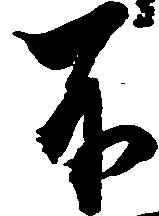
不